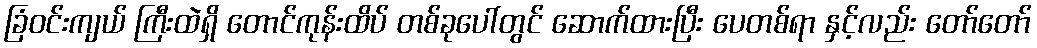
ခြံဝင်းကျယ် ကြီးထဲရှိ တောင်ကုန်းထိပ် တစ်ခုပေါ်တွင် ဆောက်ထားပြီး ပေတစ်ရာ နှင့်လည်း တော်တော်